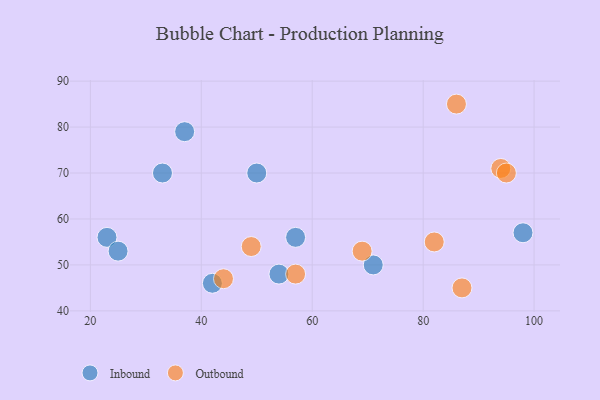
{"axis": {"x": "GDP", "y": "Life Expectancy"}, "legend": ["Inbound", "Outbound"], "data": [{"x": "98", "y": 57, "type": "Inbound"}, {"x": "57", "y": 56, "type": "Inbound"}, {"x": "33", "y": 70, "type": "Inbound"}, {"x": "71", "y": 50, "type": "Inbound"}, {"x": "23", "y": 56, "type": "Inbound"}, {"x": "42", "y": 46, "type": "Inbound"}, {"x": "37", "y": 79, "type": "Inbound"}, {"x": "50", "y": 70, "type": "Inbound"}, {"x": "25", "y": 53, "type": "Inbound"}, {"x": "54", "y": 48, "type": "Inbound"}, {"x": "94", "y": 71, "type": "Outbound"}, {"x": "69", "y": 53, "type": "Outbound"}, {"x": "49", "y": 54, "type": "Outbound"}, {"x": "86", "y": 85, "type": "Outbound"}, {"x": "82", "y": 55, "type": "Outbound"}, {"x": "44", "y": 47, "type": "Outbound"}, {"x": "57", "y": 48, "type": "Outbound"}, {"x": "87", "y": 45, "type": "Outbound"}, {"x": "95", "y": 70, "type": "Outbound"}]}